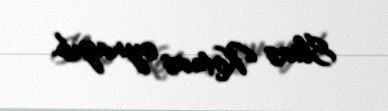
Elias Koteas oynayıb.